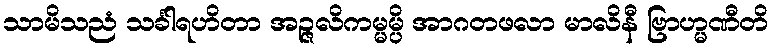
သာမိသညံ သင်္ခါရဟိတာ အဉ္ဇလိကမ္မမ္ပိ အာဂတဖလာ မာလိနီ ဗြာဟ္မဏီတိ